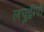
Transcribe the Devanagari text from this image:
लघुद्वीपों